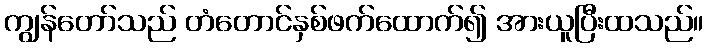
ကျွန်တော်သည် တံတောင်နှစ်ဖက်ထောက်၍ အားယူပြီးထသည်။